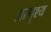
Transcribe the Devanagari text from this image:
अस्पॄश्य